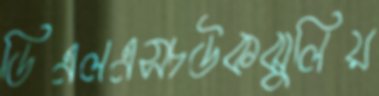
ডিএলএসচউকঝুলিয়